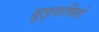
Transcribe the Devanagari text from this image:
वूड्सविले